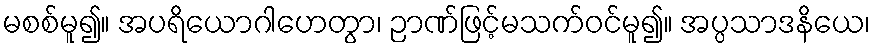
မစစ်မူ၍။ အပရိယောဂါဟေတွာ၊ ဉာဏ်ဖြင့်မသက်ဝင်မူ၍။ အပ္ပသာဒနိယေ၊